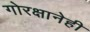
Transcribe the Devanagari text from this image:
गोरक्षानेही